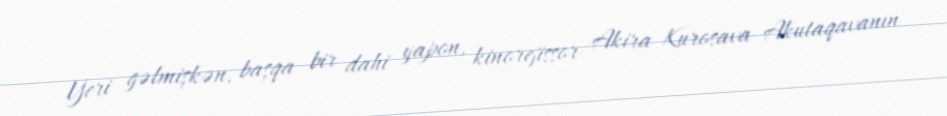
Yeri gəlmişkən, başqa bir dahi yapon, kinorejissor Akira Kurosava Akutaqavanın